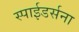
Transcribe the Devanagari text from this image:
स्पाईडर्सना